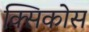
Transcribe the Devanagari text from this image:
क्सिकोस